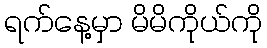
ရက်နေ့မှာ မိမိကိုယ်ကို